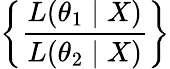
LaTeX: \left\{ {\frac{L(\theta_{1}\mid X)}{L(\theta_{2}\mid X)}}\right\}